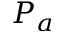
P _ { a }